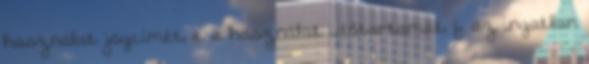
használat jogcímét, e. a használat időtartamát, f. az ingatlan